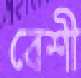
বেশী